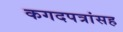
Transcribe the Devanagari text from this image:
कगदपत्रांसह